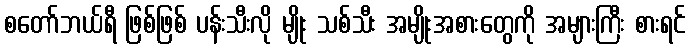
စတော်ဘယ်ရီ ဖြစ်ဖြစ် ပန်းသီးလို မျိုး သစ်သီး အမျိုးအစားတွေကို အများကြီး စားရင်